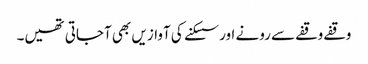
وقفے وقفے سے رونے اور سسکنے کی آوازیں بھی آجاتی تھیں۔